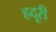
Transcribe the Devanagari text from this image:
हदूरी